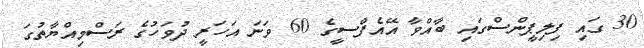
30 ގައި ފިލިޕީންސްގައި ބާއްވާ އޭއެފްސީގެ 60 ވަނަ އަހަރީ ދުވަހުގެ ރަސްމިއްޔާތުގަ